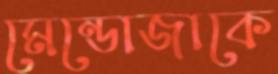
মেন্ডোজাকে